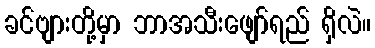
ခင်ဗျားတို့မှာ ဘာအသီးဖျော်ရည် ရှိလဲ။